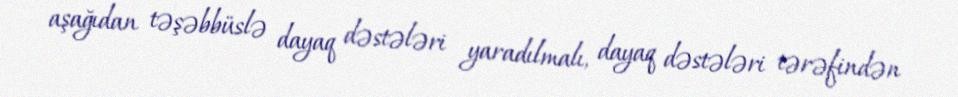
aşağıdan təşəbbüslə dayaq dəstələri yaradılmalı, dayaq dəstələri tərəfindən